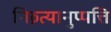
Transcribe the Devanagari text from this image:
निव्र्त्यानुप्पत्ति